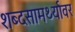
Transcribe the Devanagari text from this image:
शब्दसामर्थ्यावर